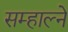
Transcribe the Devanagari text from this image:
सम्हाल्ने